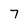
Character: 7